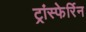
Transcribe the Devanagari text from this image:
ट्रांस्फेर्रिन